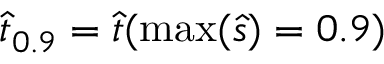
\hat { t } _ { 0 . 9 } = \hat { t } ( \operatorname* { m a x } ( \hat { s } ) = 0 . 9 )